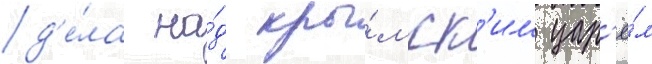
д'е́ла на́д кры́мск'им цар'ё́м